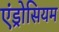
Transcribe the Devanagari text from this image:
एंड्रोसियम